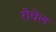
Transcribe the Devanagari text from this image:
रोचेल